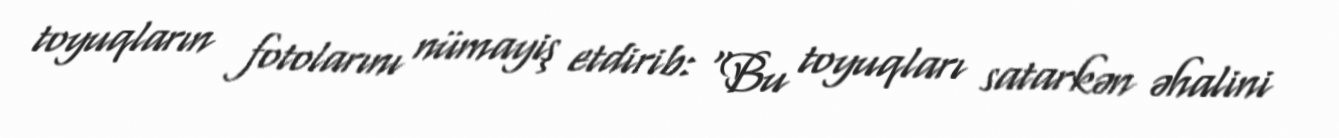
toyuqların fotolarını nümayiş etdirib: “Bu toyuqları satarkən əhalini